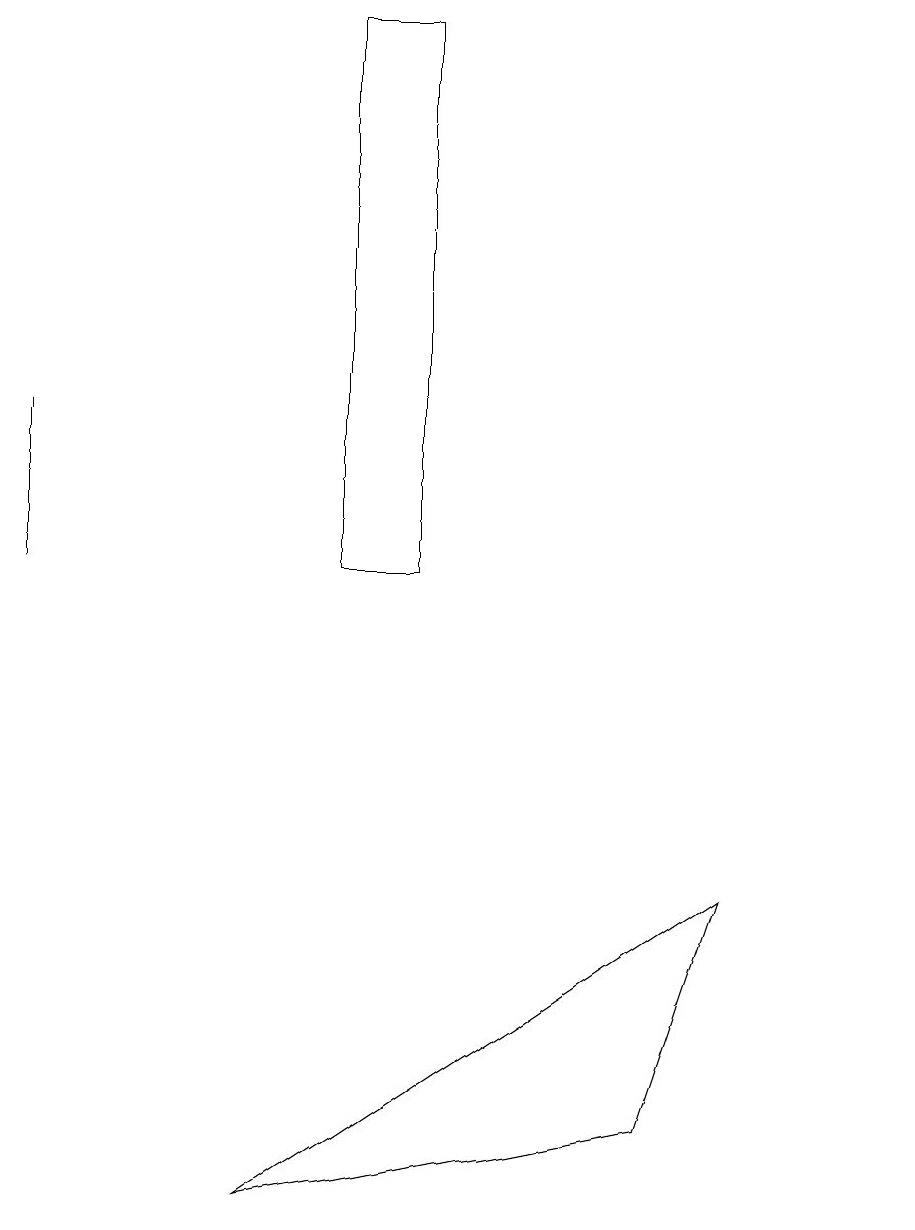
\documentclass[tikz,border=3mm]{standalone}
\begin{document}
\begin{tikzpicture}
\draw (5,12) rectangle (4,19);
\draw (0,12) rectangle (0,14);
\draw (11,11) circle (0);
\draw (9,8) -- (8,5) -- (3,4) -- cycle;
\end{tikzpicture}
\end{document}